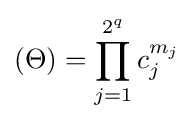
(\Theta )=\prod _{j=1}^{2^{q}}c_{j}^{m_{j}}